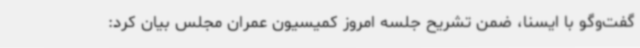
گفت‌وگو با ایسنا، ضمن تشریح جلسه امروز کمیسیون عمران مجلس بیان کرد: